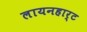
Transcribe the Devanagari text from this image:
लायनहार्ट